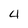
Character: 4